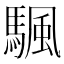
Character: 颿